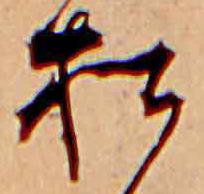
松